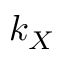
k _ { X }